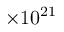
\times 1 0 ^ { 2 1 }